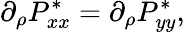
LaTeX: \partial_{\rho}P_{xx}^{*}=\partial_{\rho}P_{yy}^{*},